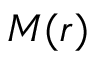
M ( r )